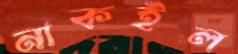
নাকইল